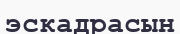
эскадрасын